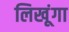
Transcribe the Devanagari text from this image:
लिखूंगा